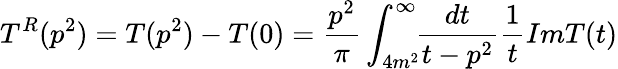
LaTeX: T^{R}(p^{2})=T(p^{2})-T(0)=\frac{p^{2}}{\pi}\int_{4m^{2}}^{\infty}\! \! \frac{dt}{t-p^{2}}\frac{1}{t}ImT(t)